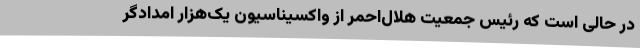
در حالی است که رئیس جمعیت هلال‌احمر از واکسیناسیون یک‌هزار امدادگر